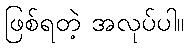
ဖြစ်ရတဲ့ အလုပ်ပါ။